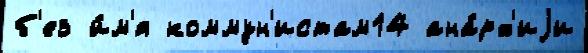
б'ез и́м'я коммун'истам14 ана́рх'иjи